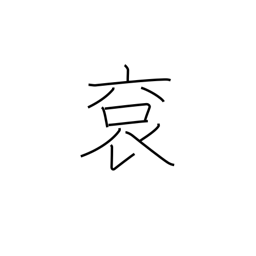
Meaning: imperial robes